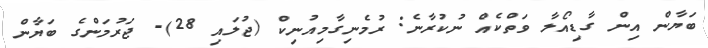
ބަޔާން އިން ގާޑިއޯލާ ވަތްކެއް ނުކުރާނެ: ރުމެނިގާމިއުނިކް (ޖުލައި 28)- ޖަރުމަންގެ ބަޔާން